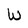
Character: W